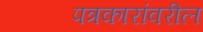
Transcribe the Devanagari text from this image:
पत्रकारांवरील